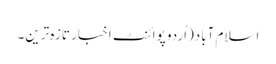
اسلام آباد(اُردو پوائنٹ اخبار تازہ ترین۔